Malaria in the Punjab - Number 46
Disease focus: Malaria
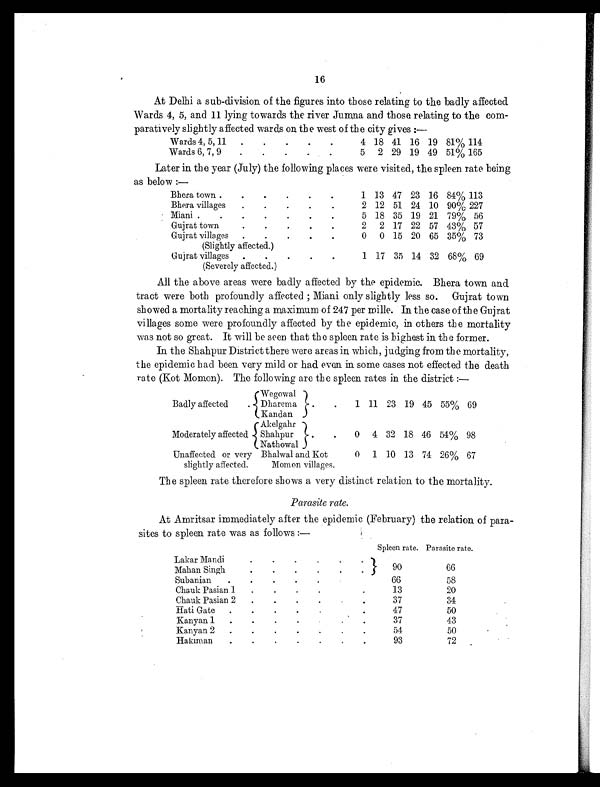
16
At Delhi a sub-division of the figures into those relating to the badly affected
Wards 4, 5, and 11 lying towards the river Jumna and those relating to the com-
paratively slightly affected wards on the west of th e city gives :—
Wards 4, 5, 11
.
.
.
.
.
4 18 41 16 19 81% 114
Wards 6, 7, 9
.
.
.
.
.
5
2 29 19 49 51% 165
Later in the year (July) the following places were visited, the spleen rate being
as below :—
Bhera town .
.
.
.
.
.
1 13 47 23 16 84% 113
Bhera villages
.
.
.
.
.
2 12 51 24 10 90% 227
Miani .
.
.
.
.
.
.
5 18 35 19 21 79% 56
Gujrat town
.
.
.
.
.
2
2 17 22 57 43% 57
Gujrat villages
.
.
.
.
.
0
0 15 20 65 35% 73
(Slightly affected.)
Gujrat villages
.
.
.
.
.
1 17 35 14 32 68% 69
(Severely affected.)
All the above areas were badly affected by the epidemic. Bhera town and
tract were both profoundly affected ; Miani only slightly less so. Gujrat town
showed a mortality reaching a maximum of 247 per mille. In the case of the Gujrat
villages some were profoundly affected by the epidemic, in others the mortality
was not so great. It will be seen that the spleen rate is highest in the former.
In the Shahpur District there were areas in which, judging from the mortality,
the epidemic had been very mild or had even in some cases not effected the death
rate (Kot Momon). The following are the spleen rates in the district :—
Badly affected
.
Wegowal
.
.
1 11 23 19 45 55% 69
Dharema
Kandan
Moderately affected
Akelgahr
.
.
0 4 32 18 46 54% 98
Shahpur
Nathowal
Unaffected or very
slightly affected.
Bhalwal and Kot
Momon villages.
0
1 10 13 74 26% 67
The spleen rate therefore shows a very distinct relation to the mortality.
Parasite rate.
At Amritsar immediately after the epidemic (February) the relation of para-
sites to spleen rate was as follows :—
Spleen rate. Parasite rate.
Lakar Mandi
.
.
.
. .
.
Mahan Singh
.
.
.
.
.
.
90
66
Subanian
.
.
.
.
.
.
.
66
58
Chauk Pasian 1
.
.
.
.
.
13
20
Chauk Pasian 2
.
.
.
.
.
.
37
34
Hati Gate
.
.
.
.
.
.
.
47
50
Kanyan 1
.
.
.
.
.
. .
37
43
Kanyan 2
.
.
.
.
.
.
.
54
50
Hakima
.
.
.
.
.
.
.
93
72